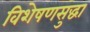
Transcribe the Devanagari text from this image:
विशेषणसुद्धा